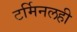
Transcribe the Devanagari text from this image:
टर्मिनलही